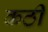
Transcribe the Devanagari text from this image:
कठी